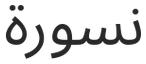
نسورة